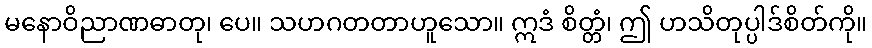
မနောဝိညာဏဓာတု၊ ပေ။ သဟဂတတာဟူသော။ ဣဒံ စိတ္တံ၊ ဤ ဟသိတုပ္ပါဒ်စိတ်ကို။